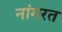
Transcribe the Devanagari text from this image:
नांगरत